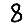
Digit: 8